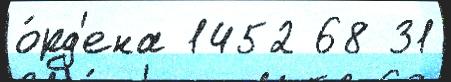
о́рд'ена 1452 68 31